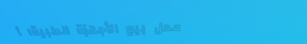
محل بيع الأجهزة الطبية: أ